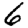
Digit: 6